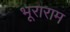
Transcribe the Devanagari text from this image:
भूराराम